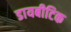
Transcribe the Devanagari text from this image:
डायबीटिक